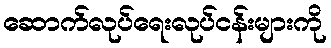
ဆောက်လုပ်ရေးလုပ်ငန်းများကို